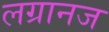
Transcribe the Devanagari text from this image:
लग्रानज